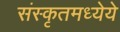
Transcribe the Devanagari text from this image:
संस्कृतमध्येये